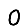
Digit: 0